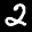
Digit: 2